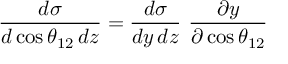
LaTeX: \frac { d \sigma } { d \cos \theta _ { 1 2 } \, d z } = \frac { d \sigma } { d y \, d z } \ \frac { \partial y } { \partial \cos \theta _ { 1 2 } }